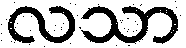
လသာ